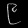
Digit: ၉